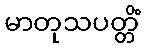
မာတုသပတ္တိံ